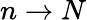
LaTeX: n\rightarrow N